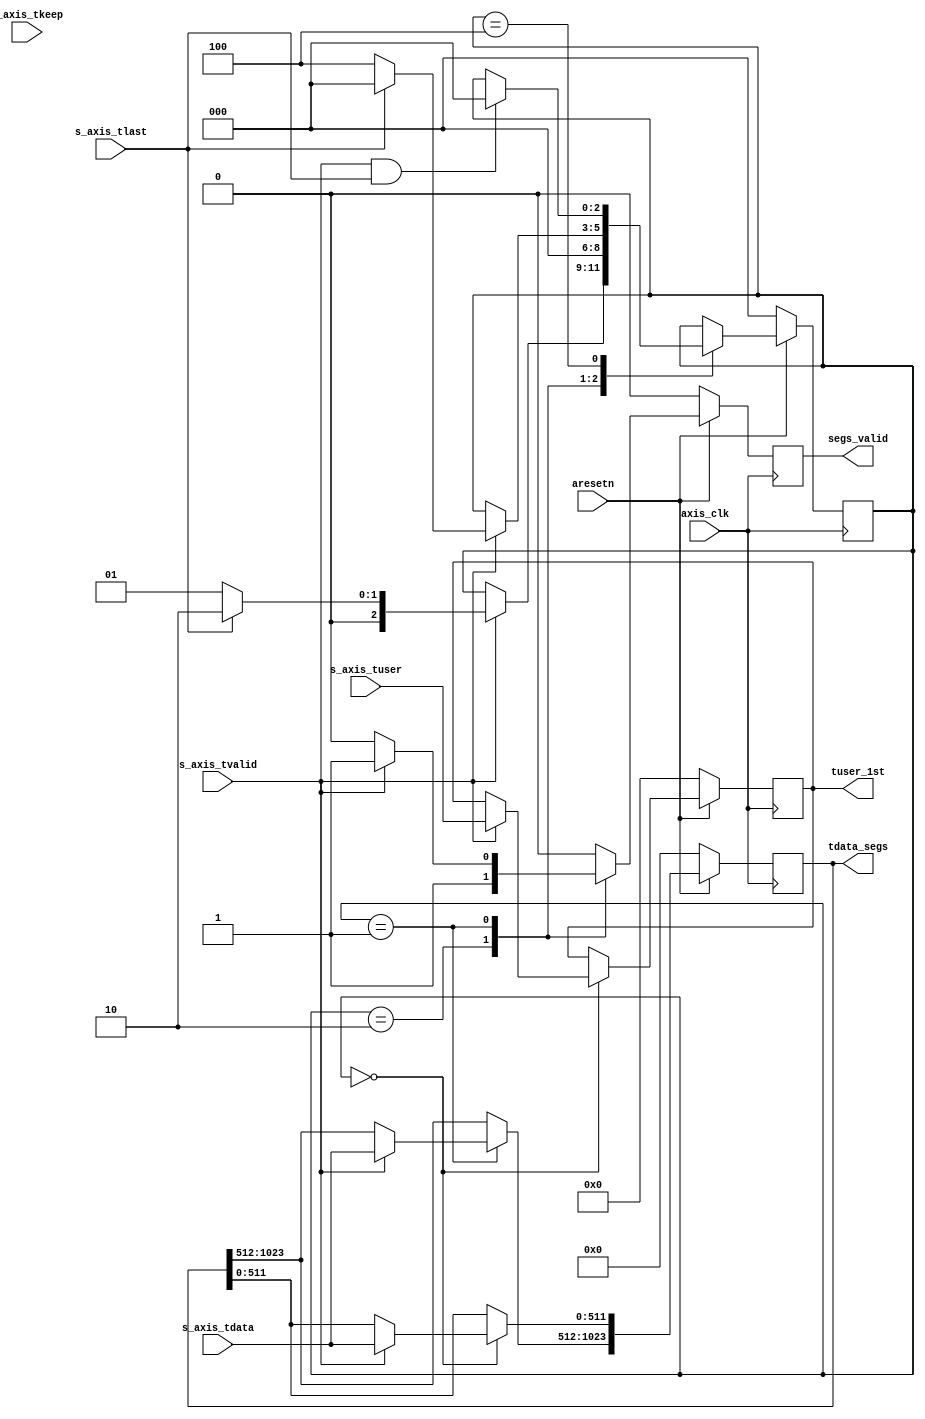
`timescale 1ns / 1ps


module parser_wait_segs #(
	parameter C_AXIS_DATA_WIDTH = 512,
	parameter C_AXIS_TUSER_WIDTH = 128,
	parameter C_NUM_SEGS = 2
)
(
	input											axis_clk,
	input											aresetn,
	
	//
	input [C_AXIS_DATA_WIDTH-1:0]					s_axis_tdata,
	input [C_AXIS_TUSER_WIDTH-1:0]					s_axis_tuser,
	input [C_AXIS_DATA_WIDTH/8-1:0]					s_axis_tkeep,
	input											s_axis_tvalid,
	input											s_axis_tlast,
	
	//
	output reg[C_NUM_SEGS*C_AXIS_DATA_WIDTH-1:0]	tdata_segs,
	output reg[C_AXIS_TUSER_WIDTH-1:0]				tuser_1st,
	output reg										segs_valid
);

localparam	WAIT_1ST_SEG=0,
			WAIT_2ND_SEG=1,
			WAIT_1CYCLE=2,
			OUTPUT_SEGS=3,
			WAIT_TILL_LAST=4;

reg [2:0]	state, state_next;
reg [C_NUM_SEGS*C_AXIS_DATA_WIDTH-1:0] tdata_segs_next;
reg [C_AXIS_TUSER_WIDTH-1:0] tuser_1st_next;
reg	segs_valid_next;

always @(*) begin

	state_next = state;

	tdata_segs_next = tdata_segs;
	tuser_1st_next = tuser_1st;
	segs_valid_next = 0;

	case (state)
		// at-most 2 segs
		WAIT_1ST_SEG: begin
			if (s_axis_tvalid) begin
				tdata_segs_next[0*C_AXIS_DATA_WIDTH+:C_AXIS_DATA_WIDTH] = s_axis_tdata;
				tuser_1st_next = s_axis_tuser;

				if (s_axis_tlast) begin
					state_next = WAIT_1CYCLE;
				end
				else begin
					state_next = WAIT_2ND_SEG;
				end
			end
		end
		WAIT_1CYCLE: begin
			segs_valid_next = 1;
			state_next = WAIT_1ST_SEG;
		end
		WAIT_2ND_SEG: begin
			if (s_axis_tvalid) begin
				tdata_segs_next[1*C_AXIS_DATA_WIDTH+:C_AXIS_DATA_WIDTH] = s_axis_tdata;

				segs_valid_next = 1;
				if (s_axis_tlast) begin
					state_next = WAIT_1ST_SEG;
				end
				else begin
					state_next = WAIT_TILL_LAST;
				end
			end
		end
		WAIT_TILL_LAST: begin
			if (s_axis_tvalid && s_axis_tlast) begin
				state_next = WAIT_1ST_SEG;
			end
		end
	endcase
end


always @(posedge axis_clk) begin
	if (~aresetn) begin

		state <= WAIT_1ST_SEG;

		tdata_segs <= {C_NUM_SEGS*C_AXIS_DATA_WIDTH{1'b0}};
		tuser_1st <= {C_AXIS_TUSER_WIDTH{1'b0}};
		segs_valid <= 0;
	end
	else begin
		state <= state_next;

		tdata_segs <= tdata_segs_next;
		tuser_1st <= tuser_1st_next;

		segs_valid <= segs_valid_next;
	end
end

endmodule